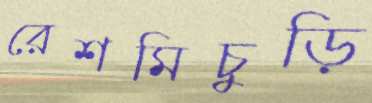
রেশমিচুড়ি